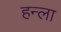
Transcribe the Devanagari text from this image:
हन्ला